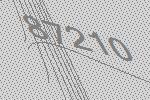
87210